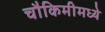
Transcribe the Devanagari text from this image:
चौकिमीमध्ये